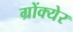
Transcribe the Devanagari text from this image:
ग्रोंक्येर